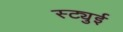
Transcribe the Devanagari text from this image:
स्ट्युई